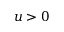
u > 0